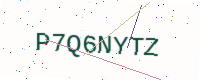
Text: P7Q6NYTZ